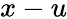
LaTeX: x-u